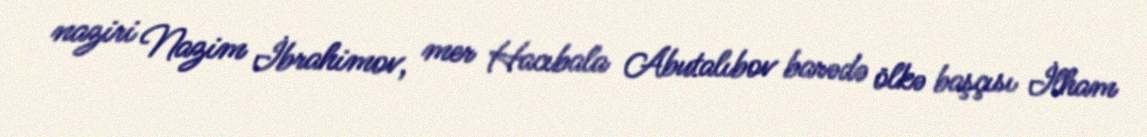
naziri Nazim İbrahimov, mer Hacıbala Abutalıbov barədə ölkə başçısı İlham